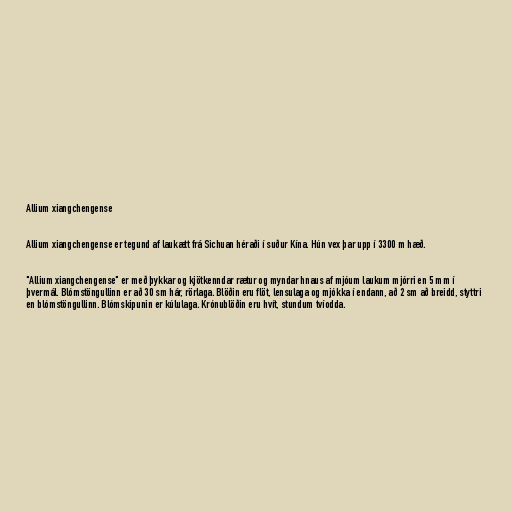
Allium xiangchengense

Allium xiangchengense er tegund af laukætt frá Sichuan héraði í suður Kína. Hún vex þar upp í 3300 m hæð.

"Allium xiangchengense" er með þykkar og kjötkenndar rætur og myndar hnaus af mjóum laukum mjórri en 5 mm í
þvermál. Blómstöngullinn er að 30 sm hár, rörlaga. Blöðin eru flöt, lensulaga og mjókka í endann, að 2 sm að breidd, styttri
en blómstöngullinn. Blómskipunin er kúlulaga. Krónublöðin eru hvít, stundum tvíodda.